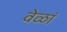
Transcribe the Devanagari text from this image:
वेळां